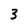
Character: 3